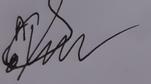
Signature authenticity: forged